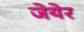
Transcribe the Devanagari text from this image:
जेयेर